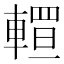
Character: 𨎅